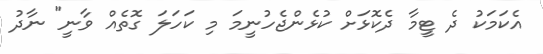
އެކަމަކު ދެ ޓީމާ ދެކޮޅަށް ކުޅެންޖެހުނީމަ މި ކަހަލަ ގޮތެއް ވާނީ" ނާދު